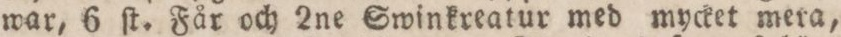
war, 6 ſt. Får och 2ne Swinkreatur med mycket mera,